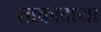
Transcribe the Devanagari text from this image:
ताकादाया